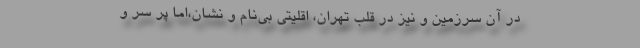
در آن سرزمین و نیز در قلب تهران، اقلیتی بی‌نام و نشان،اما پر سر و